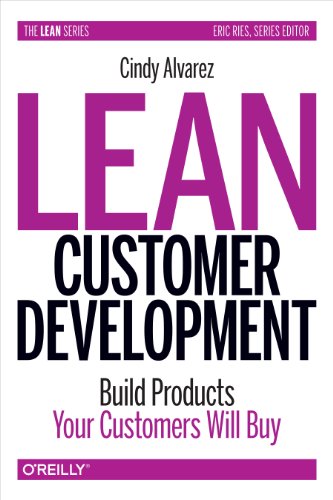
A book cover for Lean Customer Development: Building Products Your Customers Will Buy; Cindy Alvarez; Business & Money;